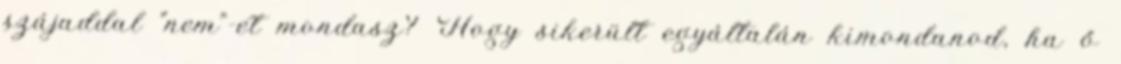
szájaddal "nem"-et mondasz? Hogy sikerült egyáltalán kimondanod, ha ő